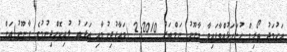
އަހުމަދު ތޯރިގް ހުށަހަޅުއްވާފައިވާ ގާނޫނު ނަމްބަރު 2/2010 (މައާފުދިނުމާއި އަދަބު ލުއިކޮށްދިނުމުގެ ގާނޫނު)އަށް